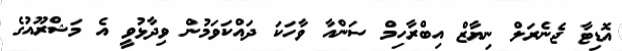
އޮޑިޓާ ޖެނެރަލް ނިޔާޒް އިބްރާހިމް ސަންއާ ވާހަކަ ދައްކަވަމުން ވިދާޅުވީ އެ މަޝްރޫއުގެ